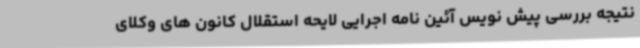
نتیجه بررسی پیش نویس آئین نامه اجرایی لایحه استقلال کانون های وکلای